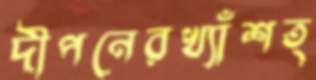
দীপনেরখ্যাঁশত্